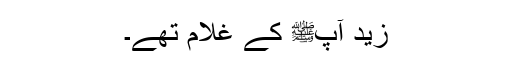
زیدؓ آپﷺ کے غلام تھے۔